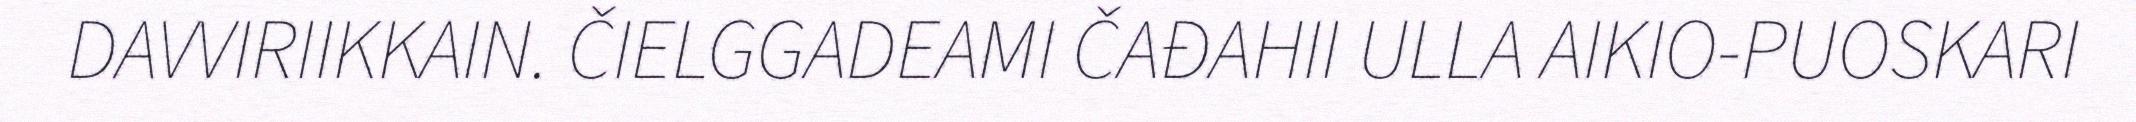
DAVVIRIIKKAIN. ČIELGGADEAMI ČAĐAHII ULLA AIKIO-PUOSKARI